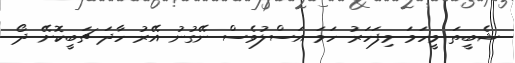
ޝެބީތަ މީހަމަ މިފަހަރު ހަމަ އަސްލުވެސް ނޭގުނު އޭރު ހާދަ ޗަބީކޮށޭ ދޯ